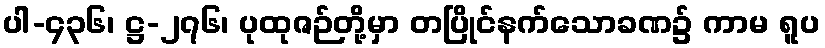
ပါ-၄၃၆၊ ဋ္ဌ-၂၇၆၊ ပုထုဇဉ်တို့မှာ တပြိုင်နက်သောခဏ၌ ကာမ ရူပ